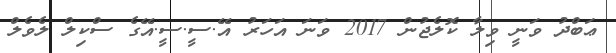
ޢަބްދު ވަނީ ވިލާ ކޮލެޖުން 2017 ވަނަ އަހަރު އޭ.ސީ.ސީ.އޭގެ ސްކިލް ލެވެލް